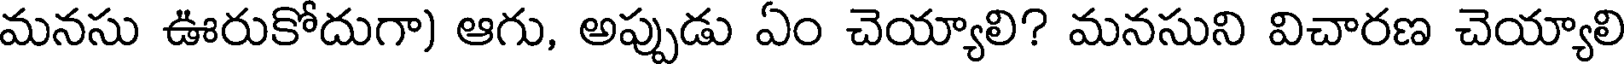
మనసు ఊరుకోదుగా) ఆగు, అప్పుడు ఏం చెయ్యాలి? మనసుని విచారణ చెయ్యాలి